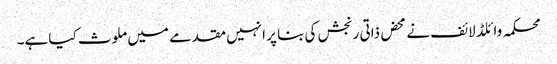
محکمہ وائلڈ لائف نے محض ذاتی رنجش کی بنا پر انہیں مقدمے میں ملوث کیا ہے۔